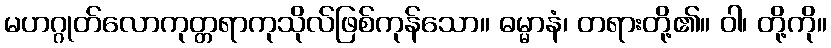
မဟဂ္ဂုတ်လောကုတ္တရာကုသိုလ်ဖြစ်ကုန်သော။ ဓမ္မာနံ၊ တရားတို့၏။ ဝါ၊ တို့ကို။